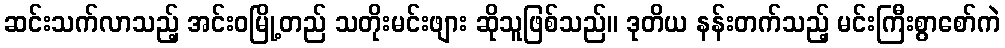
ဆင်းသက်လာသည့် အင်းဝမြို့တည် သတိုးမင်းဖျား ဆိုသူဖြစ်သည်။ ဒုတိယ နန်းတက်သည့် မင်းကြီးစွာစော်ကဲ